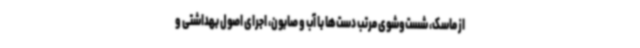
از ماسک، شست‌وشوی مرتب دست‌ها با آب و صابون، اجرای اصول بهداشتی و